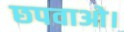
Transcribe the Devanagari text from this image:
छपवाओ।